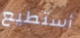
أستطيع